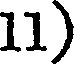
11)